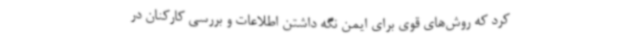
کرد که روش‌های قوی برای ایمن نگه داشتن اطلاعات و بررسی کارکنان در